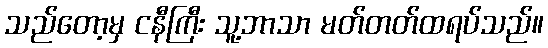
သည်တော့မှ ငနီကြီး သူ့ဘာသာ မတ်တတ်ထရပ်သည်။